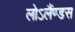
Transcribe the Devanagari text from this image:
लोऽलैंण्डस